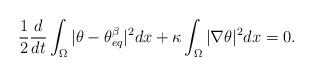
LaTeX: \begin{align*}\frac12\frac{d}{dt} \int_{\Omega} |\theta - \theta_{eq}^\beta|^2 dx + \kappa \int_{\Omega} |\nabla \theta|^2 dx =0 . \end{align*}